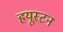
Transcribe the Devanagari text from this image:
हयूस्टन